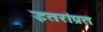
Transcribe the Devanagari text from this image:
इतरांप्रत